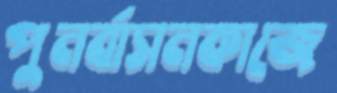
পুনর্বাসনকাজে